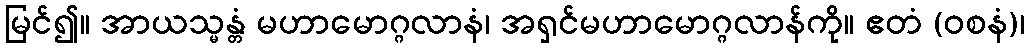
မြင်၍။ အာယသ္မန္တံ မဟာမောဂ္ဂလာနံ၊ အရှင်မဟာမောဂ္ဂလာန်ကို။ ဧတံ (ဝစနံ)၊